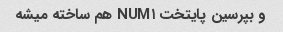
و بپرسین پایتخت NUM۱ هم ساخته میشه